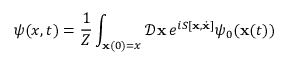
\psi ( x , t ) = { \frac { 1 } { Z } } \int _ { \mathbf { x } ( 0 ) = x } { \mathcal { D } } \mathbf { x } \, e ^ { i S [ \mathbf { x } , { \dot { \mathbf { x } } } ] } \psi _ { 0 } ( \mathbf { x } ( t ) )